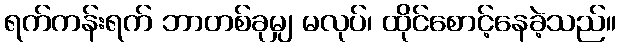
ရက်ကန်းရက် ဘာတစ်ခုမျှ မလုပ်၊ ထိုင်စောင့်နေခဲ့သည်။